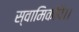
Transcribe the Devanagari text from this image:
स्वामिकोपे।।